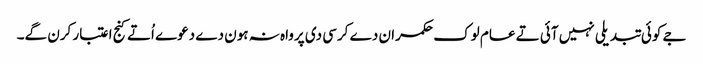
جے کوئی تبدیلی نہیں آئی تے عام لوک حکمران دے کرسی دی پرواہ نہ ہون دے دعوے اُتے کنج اعتبار کرن گے۔